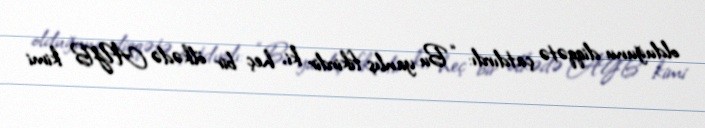
olduğunu diqqətə çatdırdı: “Bu yanlış fikirdir ki, heç bir ölkədə AYB kimi